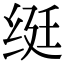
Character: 𬘩